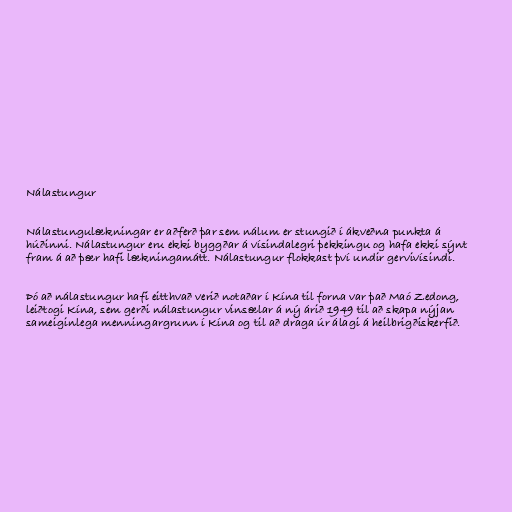
Nálastungur

Nálastungulækningar er aðferð þar sem nálum er stungið í ákveðna punkta á
húðinni. Nálastungur eru ekki byggðar á vísindalegri þekkingu og hafa ekki sýnt
fram á að þær hafi lækningamátt. Nálastungur flokkast því undir gervivísindi.

Þó að nálastungur hafi eitthvað verið notaðar í Kína til forna var það Maó Zedong,
leiðtogi Kína, sem gerði nálastungur vinsælar á ný árið 1949 til að skapa nýjan
sameiginlega menningargrunn í Kína og til að draga úr álagi á heilbrigðiskerfið.